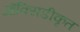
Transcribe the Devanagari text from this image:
ऑक्सिडीकृत